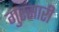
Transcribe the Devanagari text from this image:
गुरसारी